Senior Leaving Certificate Examination (including Day School Certificate (Higher) General paper), 1947
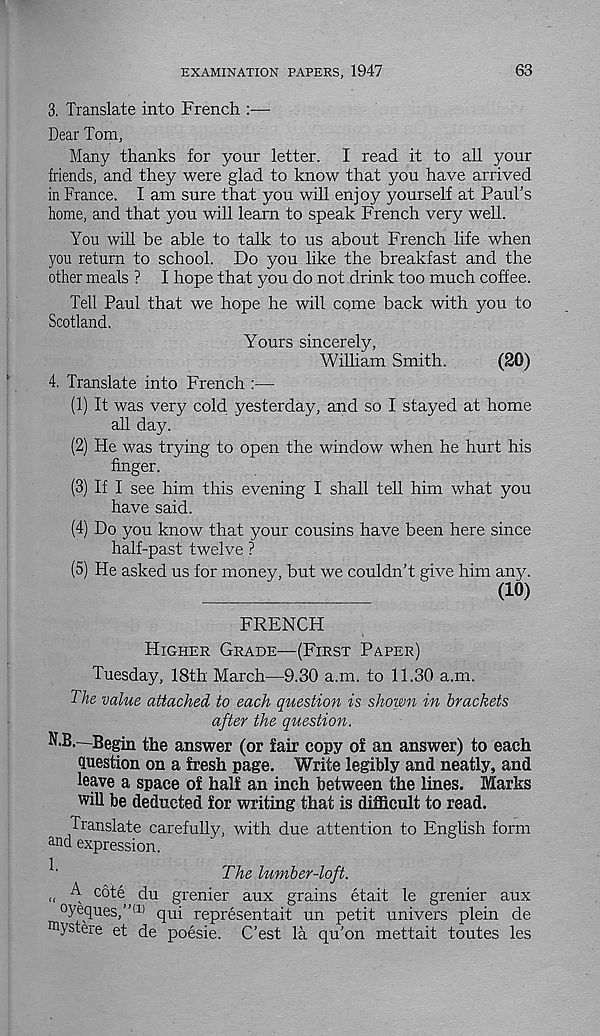
EXAMINATION PAPERS, 1947
63
3. Translate into French :—
Dear Tom,
Many thanks for your letter. I read it to all your
friends, and they were glad to know that you have arrived
in France. I am sure that you will enjoy yourself at Paul’s
home, and that you will learn to speak French very well.
You will be able to talk to us about French life when
you return to school. Do you like the breakfast and the
other meals ? I hope that you do not drink too much coffee.
Tell Paul that we hope he will come back with you to
Scotland.
Yours sincerely,
William Smith.
(20)
4. Translate into French :—
(1) It was very cold yesterday, and so I stayed at home
all day.
(2) He was trying to open the window when he hurt his
finger.
(3) If I see him this evening I shall tell him what you
have said.
(4) Do you know that your cousins have been here since
half-past twelve ?
(5) He asked us for money, but we couldn’t give him any.
(10)
FRENCH
Higher Grade—(First Paper)
Tuesday, 18th March—9.30 a.m. to 11.30 a.m.
The value attached to each question is shown in brackets
after the question.
N.B.—Begin the answer (or fair copy of an answer) to each
question on a fresh page. Write legibly and neatly, and
leave a space of half an inch between the lines. Marks
will be deducted for writing that is difficult to read.
Translate carefully, with due attention to English form
and expression.
The lumber-loft.
„ ^ c ote du grenier aux grains etait le grenier aux
°yeques,” (1) qui representait un petit univers plein de
mystere et de poesie. C’est la qu’on mettait toutes les